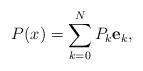
LaTeX: \begin{align*} P(x) = \sum_{k=0}^N P_k\mathbf{e}_k,\end{align*}